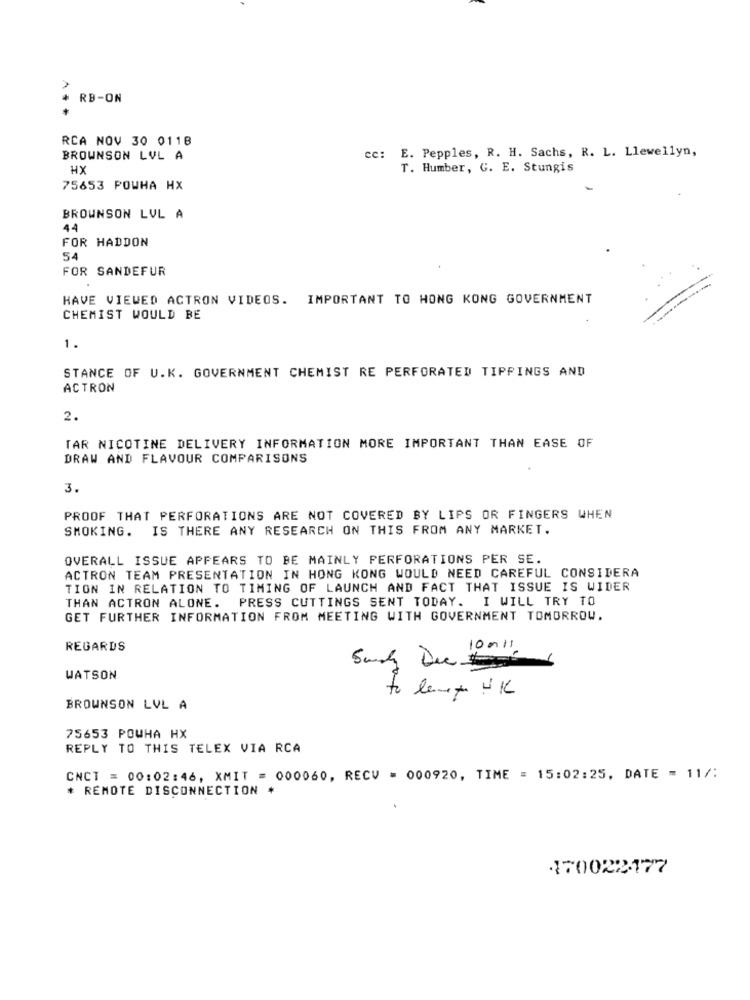
RB-ON
RCA NOV 30 0118
BROWNSON LVL A
cc: E. Pepples, R. H. Sachs, R. L. Llewellyn,
HX
T. Humber, G. E. Stungis
75653 POWHA HX
BROWNSON LVL A
44
FOR HADDON
54
FOR SANDEFUR
HAVE VIEWED ACTRON VIDEOS. IMPORTANT TO HONG KONG GOVERNMENT
CHEMIST WOULD BE
1 .
STANCE OF U.K. GOVERNMENT CHEMIST RE PERFORATED TIPPINGS AND
ACTRON
2.
TAR NICOTINE DELIVERY INFORMATION MORE IMPORTANT THAN EASE OF
DRAW AND FLAVOUR COMPARISONS
3.
PROOF THAT PERFORATIONS ARE NOT COVERED BY LIPS OR FINGERS WHEN
SMOKING.
IS THERE ANY RESEARCH ON THIS FROM ANY MARKET.
OVERALL ISSUE APPEARS TO BE MAINLY PERFORATIONS PER SE.
ACTRON TEAM PRESENTATION IN HONG KONG WOULD NEED CAREFUL CONSIDERA
TION IN RELATION TO TIMING OF LAUNCH AND FACT THAT ISSUE IS WIDER
THAN ACTRON ALONE. PRESS CUTTINGS SENT TODAY. I WILL TRY TO
GET FURTHER INFORMATION FROM MEETING WITH GOVERNMENT TOMORROW.
REGARDS
10 mll
WATSON
to lemez UK
BROWNSON LVL A
75653 POWHA HX
REPLY TO THIS TELEX VIA RCA
CNCT = 00:02:46, XMIT = 000060, RECV = 000920, TIME = 15:02:25, DATE = 11/:
* REMOTE DISCONNECTION *
170022177